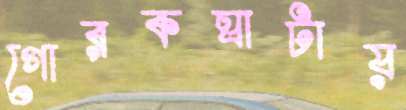
গোরকঘাটায়